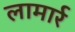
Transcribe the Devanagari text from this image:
लामार्र